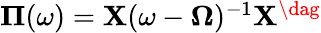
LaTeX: \begin{array}{r}{\mathbf{\Pi}(\omega)=\mathbf{X}(\omega-\mathbf{\Omega})^{-1}\mathbf{X}^{\dag}}\end{array}